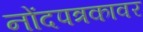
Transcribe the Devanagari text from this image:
नोंदपत्रकावर